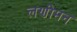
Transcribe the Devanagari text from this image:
लणीमन